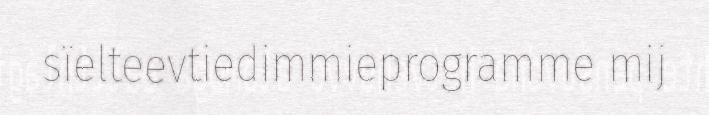
sïelteevtiedimmieprogramme mij